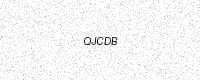
Text: QJCDB